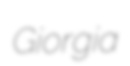
Giorgia